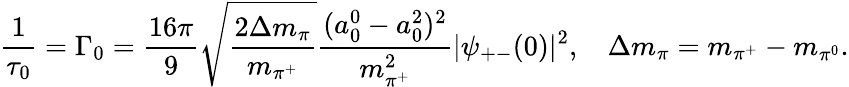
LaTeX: \frac{1}{\tau_{0}}=\Gamma_{0}=\frac{16\pi}{9}\sqrt{\frac{2\Delta m_{\pi}}{m_{\pi^{+}}}}\frac{(a_{0}^{0}-a_{0}^{2})^{2}}{m_{\pi^{+}}^{2}}|\psi_{+-}(0)|^{2},\ \ \, \ \Delta m_{\pi}=m_{\pi^{+}}-m_{\pi^{0}}.